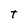
Character: T